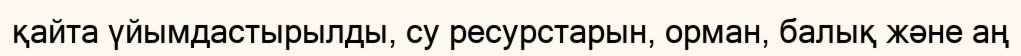
қайта үйымдастырылды, су ресурстарын, орман, балық және аң